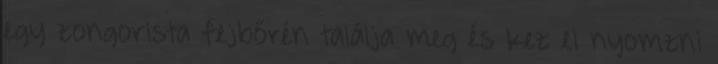
egy zongorista fejbőrén találja meg és kez el nyomzni